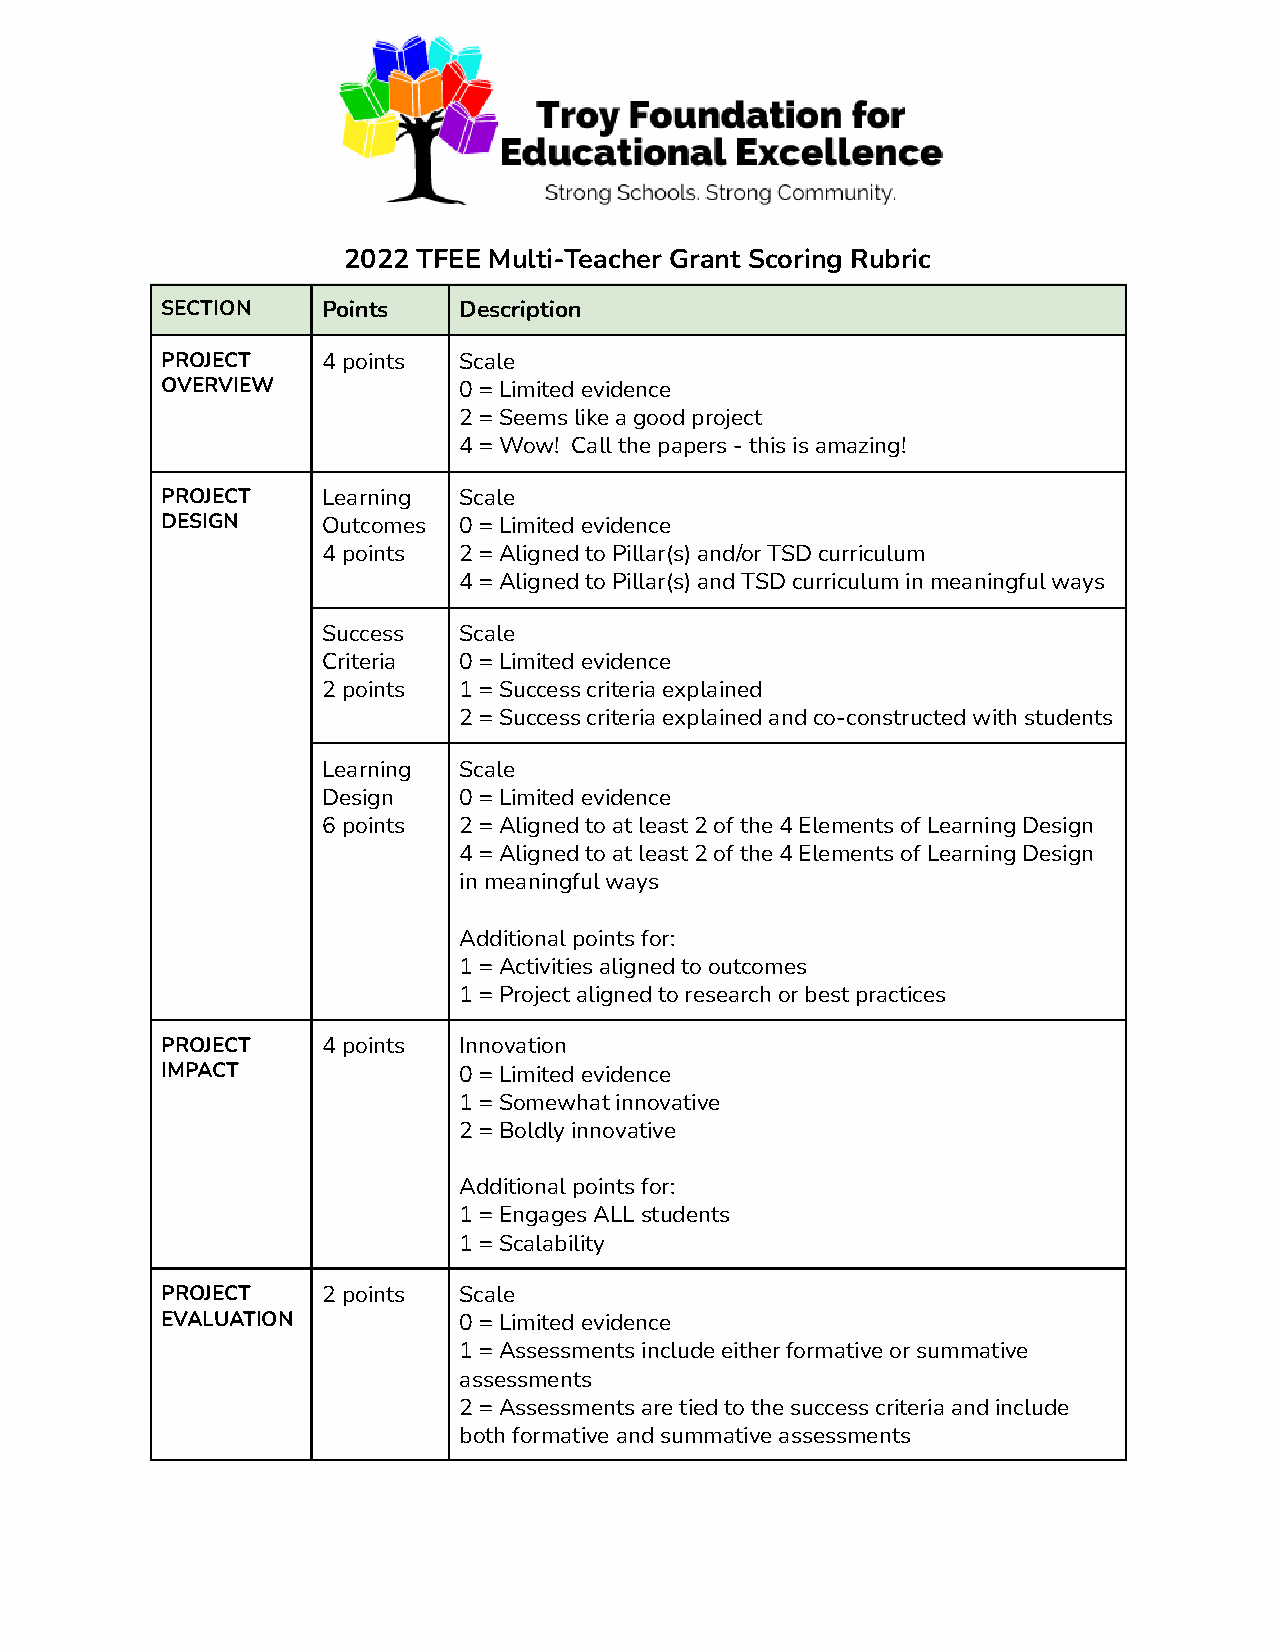
2022 TFEE Multi-Teacher Grant Scoring Rubric
 SECTION   Points   Description
 PROJECT   4 points Scale
 OVERVIEW           0 = Limited evidence
 2 = Seems like a good project
 4 = Wow! Call the papers - this is amazing!
 PROJECT   Learning Scale
 DESIGN    Outcomes 0 = Limited evidence
 4 points 2 = Aligned to Pillar(s) and/or TSD curriculum
 4 = Aligned to Pillar(s) and TSD curriculum in meaningful ways
 Success  Scale
 Criteria 0 = Limited evidence
 2 points 1 = Success criteria explained
 2 = Success criteria explained and co-constructed with students
 Learning Scale
 Design   0 = Limited evidence
 6 points 2 = Aligned to at least 2 of the 4 Elements of Learning Design
 4 = Aligned to at least 2 of the 4 Elements of Learning Design
 in meaningful ways
 Additional points for:
 1 = Activities aligned to outcomes
 1 = Project aligned to research or best practices
 PROJECT   4 points Innovation
 IMPACT             0 = Limited evidence
 1 = Somewhat innovative
 2 = Boldly innovative
 Additional points for:
 1 = Engages ALL students
 1 = Scalability
 PROJECT   2 points Scale
 EVALUATION         0 = Limited evidence
 1 = Assessments include either formative or summative
 assessments
 2 = Assessments are tied to the success criteria and include
 both formative and summative assessments